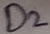
Text: D2